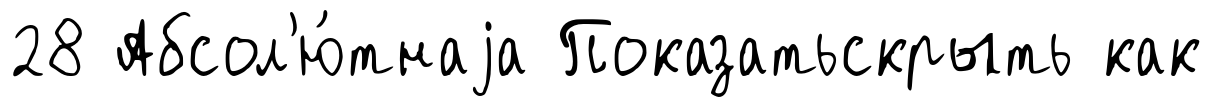
28 Абсол'ю́тнаjа Показатьскрыть как